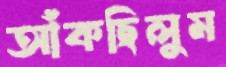
আঁকছিলুম